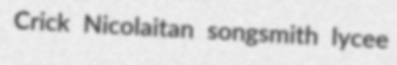
Crick Nicolaitan songsmith lycee